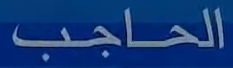
الحاجب